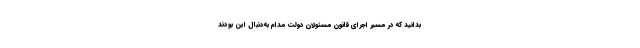
بدانید که در مسیر اجرای قانون مسئولان دولت مدام به‌دنبال این بودند